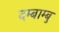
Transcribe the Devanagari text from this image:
दम्बाम्बु